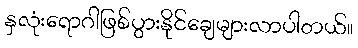
နှလုံးရောဂါဖြစ်ပွားနိုင်ချေများလာပါတယ်။